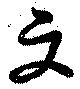
文